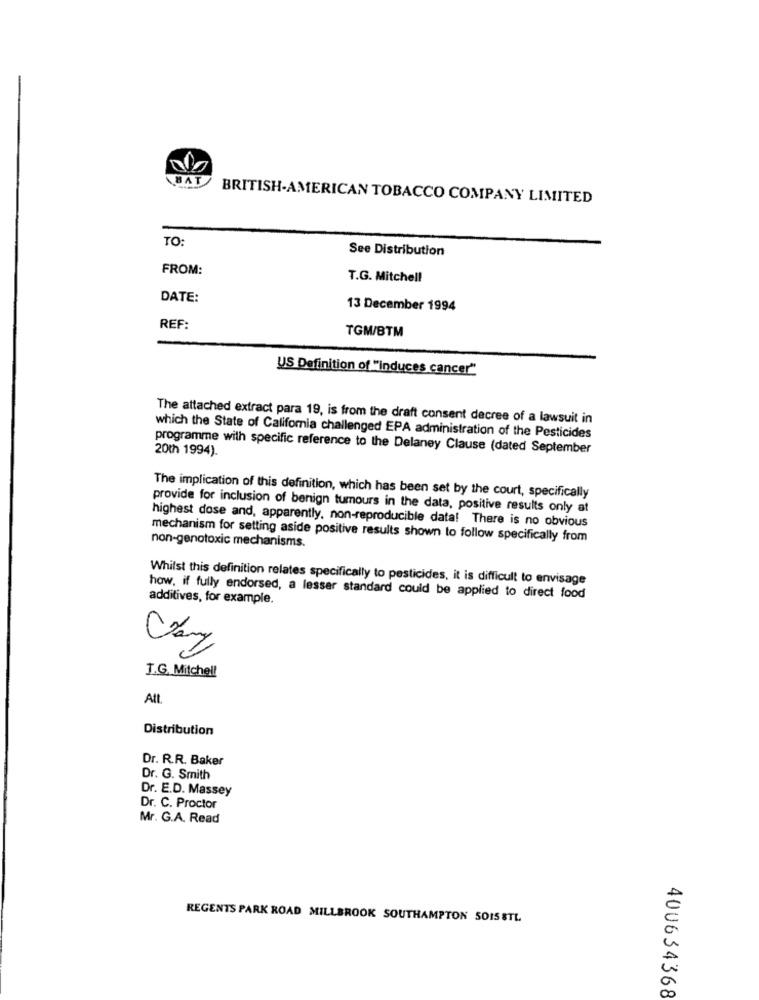
BAT
BRITISH-AMERICAN TOBACCO COMPANY LIMITED
TO
See Distribution
FROM:
T.G. Mitchell
DATE:
13 December 1994
REF:
TGM/BTM
US Definition of "induces cancer"
The attached extract para 19, is from the draft consent decree of a lawsuit in
which the State of California challenged EPA administration of the Pesticides
20th 1994).
programme with specific reference to the Delaney Clause (dated September
The implication of this definition, which has been set by the court, specifically
provide for inclusion of benign tumours in the data, positive results only at
highest dose and, apparently, non-reproducible data! There is no obvious
mechanism for setting aside positive results shown to follow specifically from
non-genotoxic mechanisms.
Whilst this definition relates specifically to pesticides, it is difficult to envisage
how, if fully endorsed, a lesser standard could be applied to direct food
additives, for example.
J.G. Mitchell
Att
Distribution
Dr. R.R. Baker
Dr. G. Smith
Dr. E.D. Massey
Dr. C. Proctor
Mr. G.A. Read
REGENTS PARK ROAD MILLBROOK SOUTHAMPTON 5015 STL
400634368